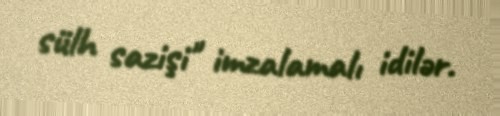
sülh sazişi" imzalamalı idilər.